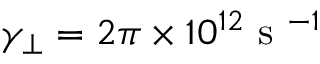
\gamma _ { \perp } = 2 \pi \times 1 0 ^ { 1 2 } \textrm { s } ^ { - 1 }